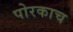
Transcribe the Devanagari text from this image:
पोरकाच